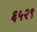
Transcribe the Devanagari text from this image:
६५२९